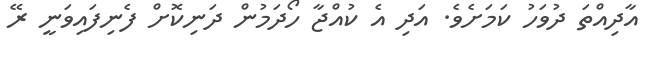
އާދިއްތަ ދުވަހު ކަމަށެވެ. އަދި އެ ކުއްޖާ ހޯދަމުން ދަނިކޮށް ފެނިފައިވަނީ ރޭ